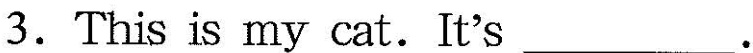
3.This is my cat.It's ___ .